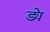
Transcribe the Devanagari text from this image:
ड्ये